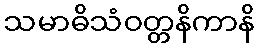
သမာဓိသံဝတ္တနိကာနိ